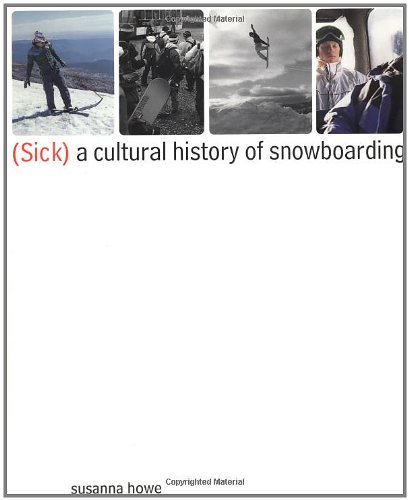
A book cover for (Sick): A Cultural History of Snowboarding; Susanna Howe; Sports & Outdoors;